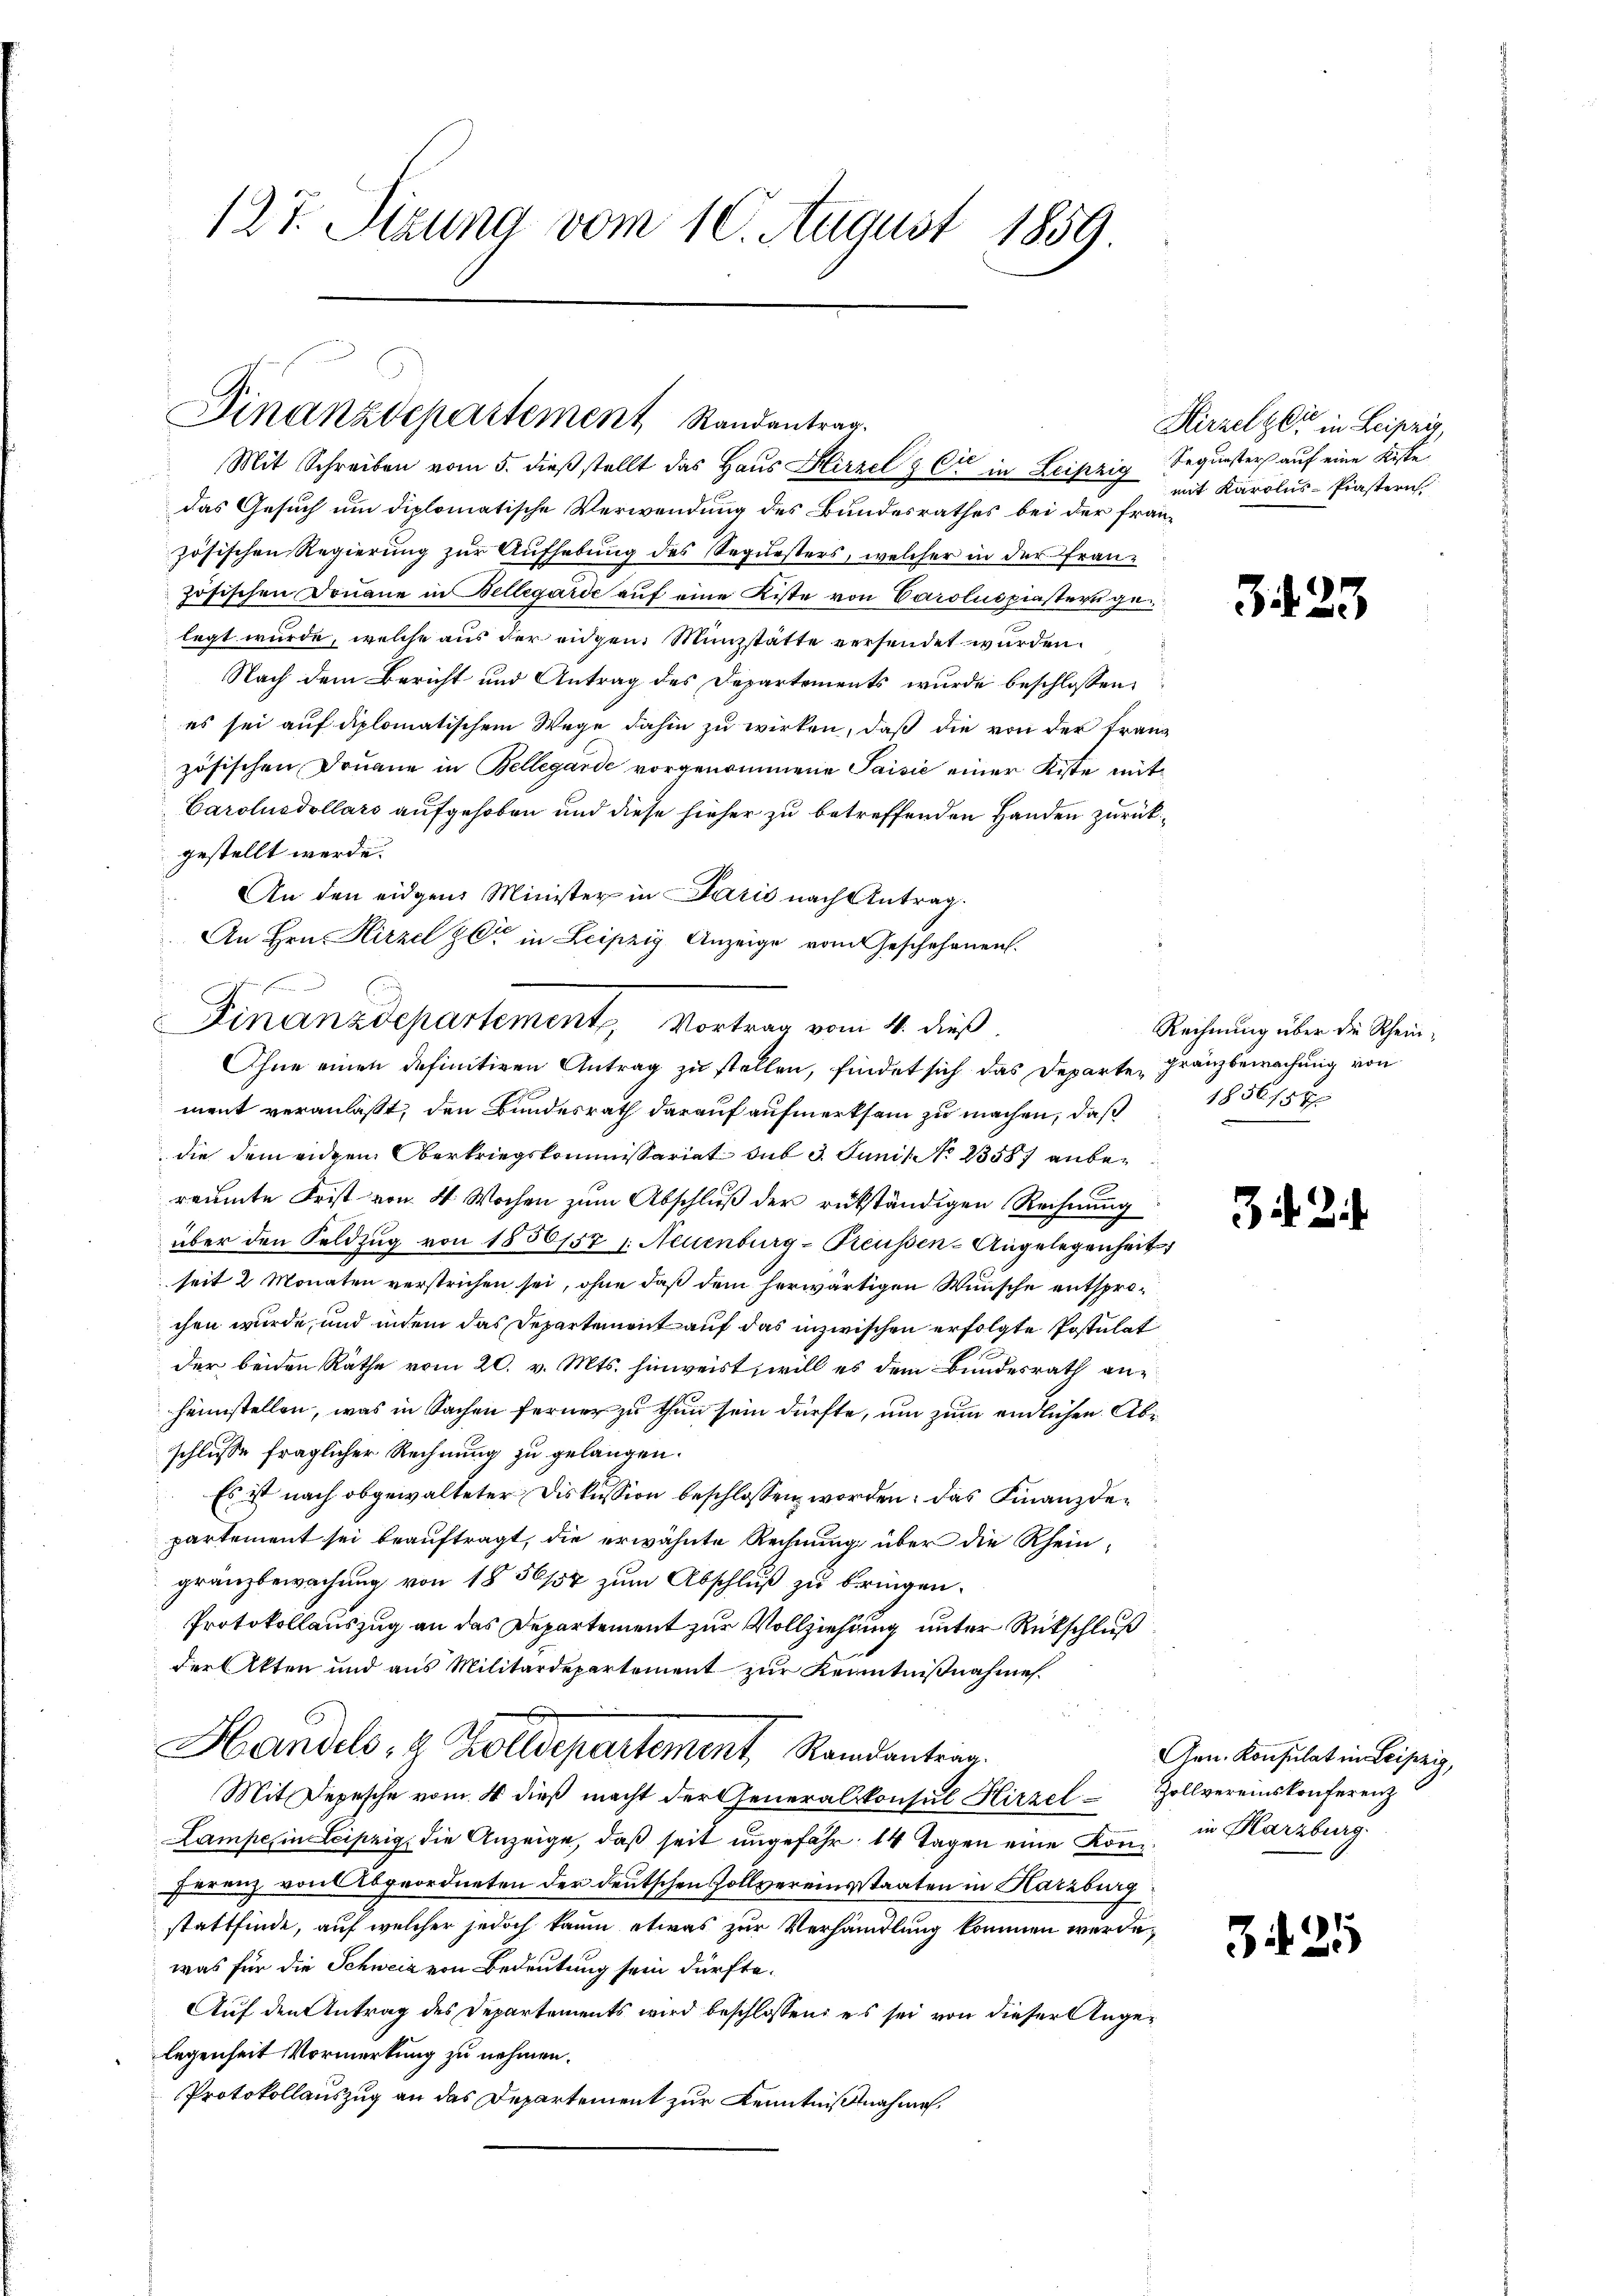
127. Sizung vom 10. August 1859.

Finanzdepartement Randantrag.

zu ihren seinen und in
Finanzdepartement, Vortrag vom 4. dieß
Ihne einen definitiven Antrag zu stellen, findet sich das Departe Franzbewachung von

Mit Schreiben vom 5. dieß stellt das Haus Hirzel & Cie in Leipzig Sequesters auf eine Kisse
das Gesuch um diplomatische Verwendung des Bundesrathes bei der französischen Regierung zur Aufhebung des Sequesters, welcher in der französischen Donaue in Bellegarde auf eine Kiste von Carolus piastern gelegt wurde, welche aus der eidgen. Münzstätte versendet wurden.
Nach dem Bericht und Antrag des Departements wurde beschlossen:
es sei auf diplomatischem Wege dahin zu wirken, daß die von der Franz
zösischen Douane in Bellegarde vorgenommene Saisić einer Kiste mit
Carolusdollars aufgehoben und diese hieher zu betreffenden Handen zurückgestellt werde.
An den eidgen. Minister in Paris nach Antrag.
An Hrn. Hirzel zu in Leipzig Anzeige vom Geschehenen.
ment veranlaßt, den Bundesrath darauf aufmerksam zu machen, daß
die dem eidgen Oberkriegskommissariat sub 3. Juni No 2358) anberäumte Frist von 4 Wochen zum Abschluß der rükständigen Rechnung
über den Feldzug von 1856/57 1. Neuenburg-Preussen-Angelegenheit
seit 2 Monaten verstrichen sei, ohne daß dem herwärtigen Wunsche entsprochen wurde, und indem das Departement auf das inzwischen erfolgte Postulat
der beiden Räthe vom 20. v. Mts. hinweist, will es dem Bundesrath anheimstellen, was in Sachen ferner zu thun sein dürfte, um zum endlichen Abschlusse fraglicher Rechnung zu gelangen.
Es ist nach obgewalteter Diskussion beschlossen worden: das Finanzdepartement sei beauftragt, die erwähnte Rechnung über die Rheingränzbewachung von 1856/57 zum Abschluß zu bringen.
Protokollauszug an das Departement zur Vollziehung unter Rückschluß
der Akten und aus Militärdepartement zur Kenntnißnahme.
Handels, H. Zolldepartement, Randantrag.
Mit Depesche vom 4 dieß macht der Generalkonsul Hirzel Zollvereinskonferenz
Lampe, in Leipzig, die Anzeige, daß seit ungefähr 14 Tagen eine Konz, in Harzburg
Ferenz von Abgeordneten der deutschen Zollvereinsstaaten in Karzburg
stattfinde, auf welcher jedoch kaum etwas zur Verhandlung kommen werde,
was für die Schweiz von Bedeutung sein dürfte.
Auf den Antrag des Departements wird beschlossen: es sei von dieser Angelegenheit Vormerkung zu nehmen.
Protokollauszug an das Departement zur Kenntnißnahme

Hirzelzer in Leipzig,
mit Karolus-Piastern

34 35

Rechnung über die Rhein¬
1856 f 5 x

3 2

Gen. Konsulat in Leipzig,

325